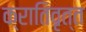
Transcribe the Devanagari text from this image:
क्रातिवृत्त